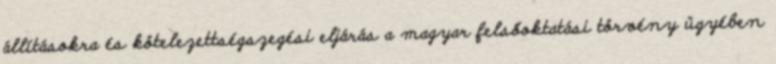
állításokra és kötelezettségszegési eljárás a magyar felsőoktatási törvény ügyében